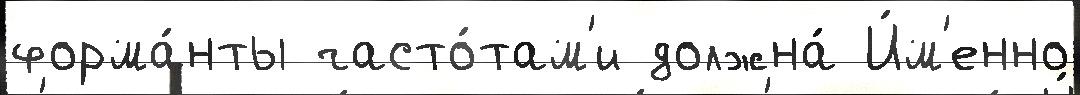
форма́нты часто́там'и должна́ И́м'енно